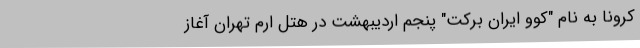
کرونا به نام "کوو ایران برکت" پنجم اردیبهشت در هتل ارم تهران آغاز